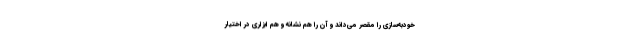
خودبه‌سازی را مقصر می‌داند و آن را هم نشانه و هم ابزاری در اختیار